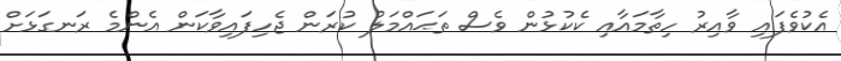
އެކުވެފައި ވާއިރު ހިތާމައާއި ކެކުޅުން ވެސް ތަޙައްމަަލު ކުރަން ޖެހިފައިވާކަން އެންމެ ރަނގަޅަށް